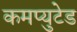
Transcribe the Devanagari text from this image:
कमप्युटेड